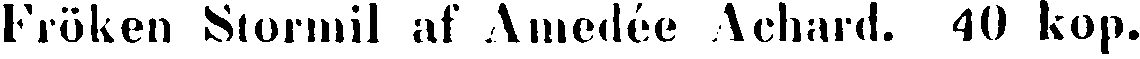
Fröken Stormil af Amedée Achard. 40 kop.